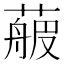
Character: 𦻉